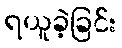
ရယူခဲ့ခြင်း